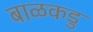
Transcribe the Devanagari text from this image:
बाळकडु